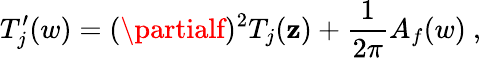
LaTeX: T_{j}^{\prime}(w)=(\partialf)^{2}T_{j}(\mathbf{z})+{\frac{{1}}{{2\pi}}}A_{f}(w)~,